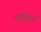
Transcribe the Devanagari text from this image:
कबिरन